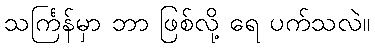
သင်္ကြန်မှာ ဘာ ဖြစ်လို့ ရေ ပက်သလဲ။